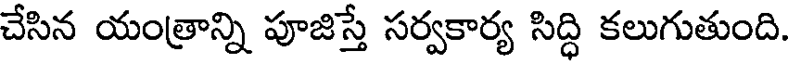
చేసిన యంత్రాన్ని పూజిస్తే సర్వకార్య సిద్ధి కలుగుతుంది.